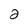
Character: 2